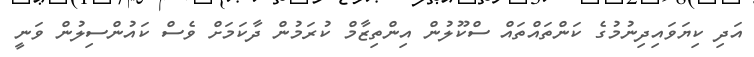
އަދި ކިޔަވައިދިނުމުގެ ކަންތައްތައް ސްކޫލުން އިންތިޒާމް ކުރަމުން ދާކަމަށް ވެސް ކައުންސިލުން ވަނީ